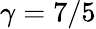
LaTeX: \gamma=7/5